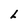
Character: L